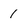
Character: 1